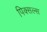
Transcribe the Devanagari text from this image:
पिक्सल्स